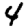
Digit: 4